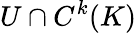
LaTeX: U\cap C^{k}(K)